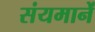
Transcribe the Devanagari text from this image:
संयमानें